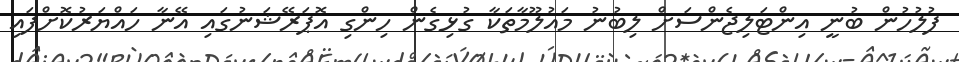
ފުލުހުން ބުނީ އިންޓަލިޖެންސަށް ލިބުނު މައުލޫމާތަކާ ގުޅިގެން ހިންގި އޮޕަރޭޝަނުގައި އޭނާ ހައްޔަރުކޮށްފައި